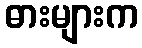
ဓားများက